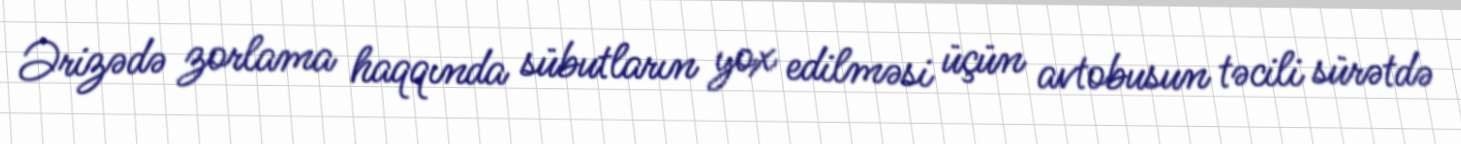
Ərizədə zorlama haqqında sübutların yox edilməsi üçün avtobusun təcili sürətdə